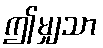
ဤမျှသာ